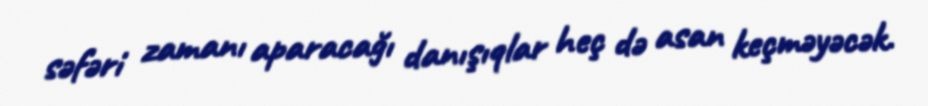
səfəri zamanı aparacağı danışıqlar heç də asan keçməyəcək.